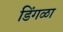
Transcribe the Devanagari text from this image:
डिंगळा